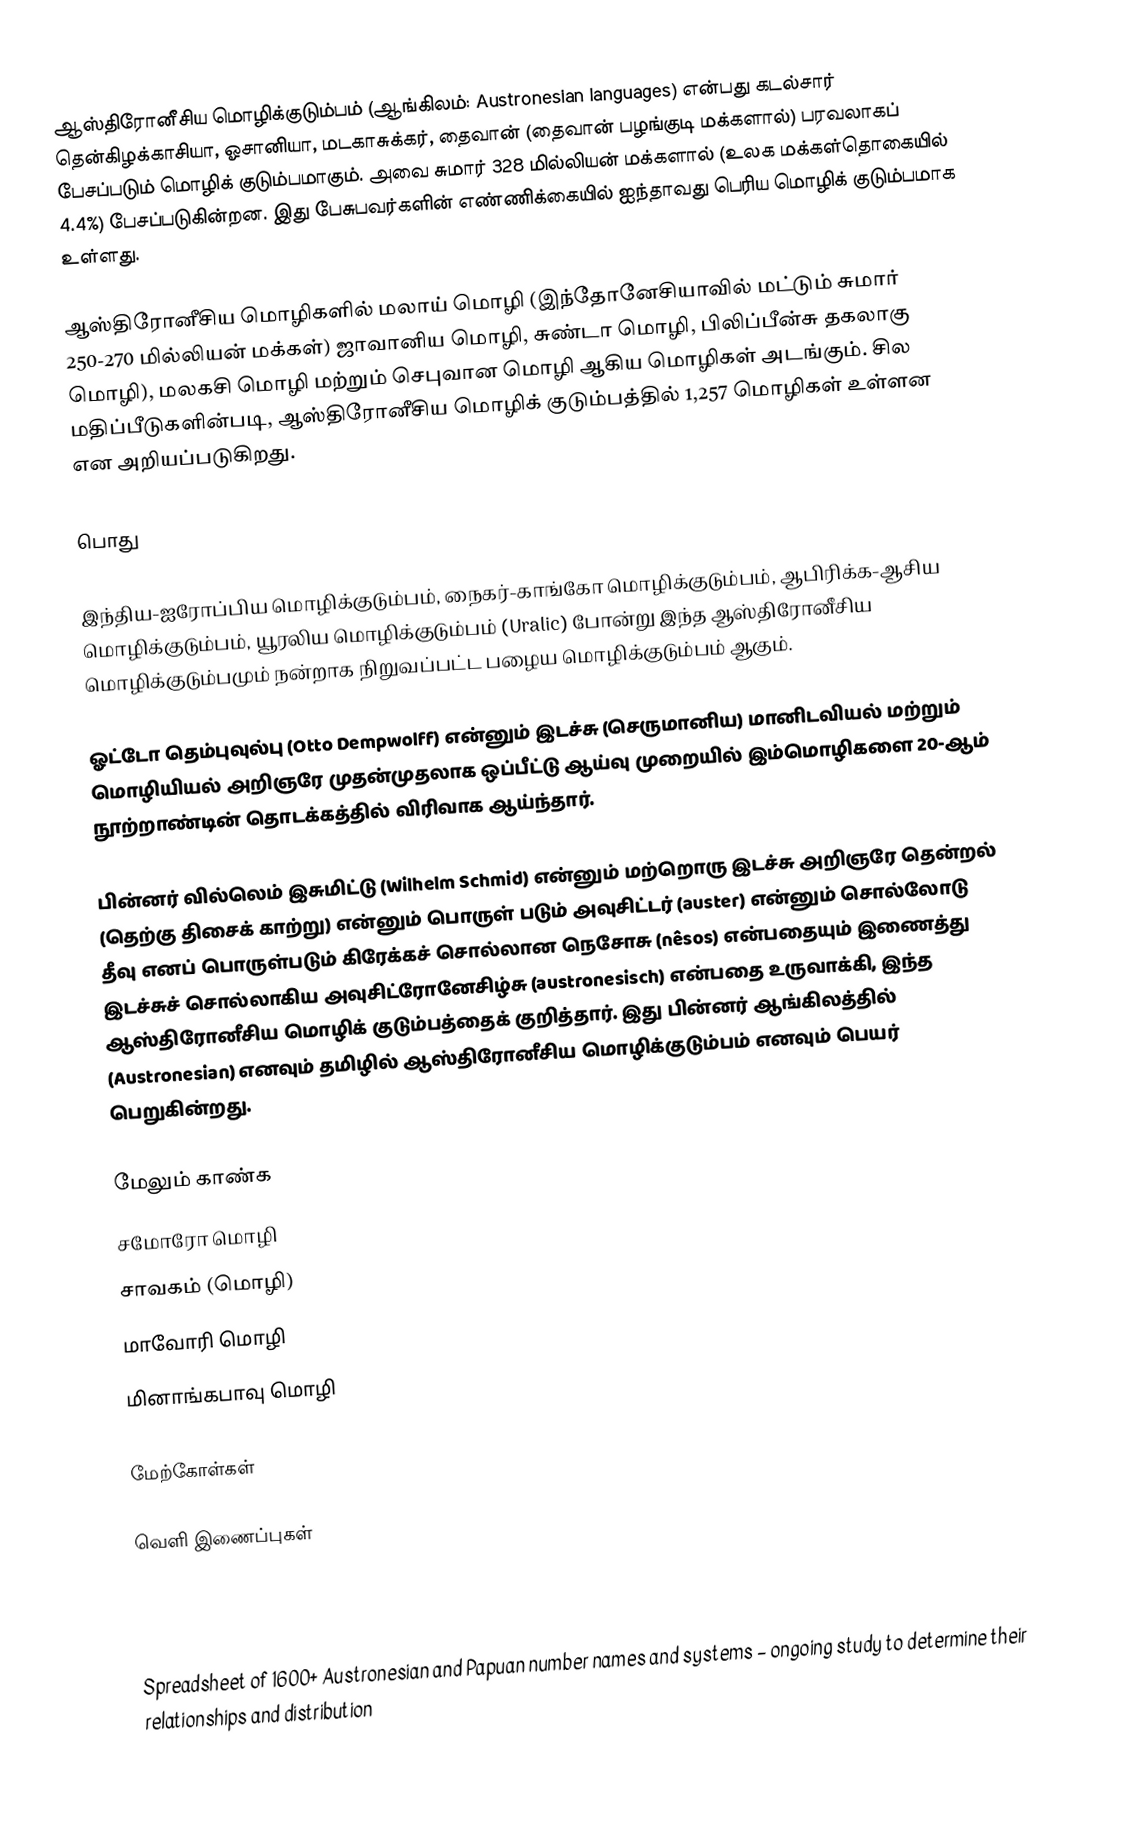
ஆஸ்திரோனீசிய மொழிக்குடும்பம் (ஆங்கிலம்: Austronesian languages) என்பது கடல்சார் தென்கிழக்காசியா, ஓசானியா, மடகாசுக்கர், தைவான் (தைவான் பழங்குடி மக்களால்) பரவலாகப் பேசப்படும் மொழிக் குடும்பமாகும். அவை சுமார் 328 மில்லியன் மக்களால் (உலக மக்கள்தொகையில் 4.4%) பேசப்படுகின்றன. இது பேசுபவர்களின் எண்ணிக்கையில் ஐந்தாவது பெரிய மொழிக் குடும்பமாக உள்ளது.

ஆஸ்திரோனீசிய மொழிகளில் மலாய் மொழி (இந்தோனேசியாவில் மட்டும் சுமார் 250-270 மில்லியன் மக்கள்) ஜாவானிய மொழி, சுண்டா மொழி, பிலிப்பீன்சு தகலாகு மொழி), மலகசி மொழி மற்றும் செபுவான மொழி ஆகிய மொழிகள் அடங்கும். சில மதிப்பீடுகளின்படி, ஆஸ்திரோனீசிய மொழிக் குடும்பத்தில் 1,257 மொழிகள் உள்ளன என அறியப்படுகிறது.

பொது

இந்திய-ஐரோப்பிய மொழிக்குடும்பம், நைகர்-காங்கோ மொழிக்குடும்பம், ஆபிரிக்க-ஆசிய மொழிக்குடும்பம், யூரலிய மொழிக்குடும்பம் (Uralic) போன்று இந்த ஆஸ்திரோனீசிய மொழிக்குடும்பமும் நன்றாக நிறுவப்பட்ட பழைய மொழிக்குடும்பம் ஆகும்.

ஓட்டோ தெம்புவுல்பு (Otto Dempwolff) என்னும் இடச்சு (செருமானிய) மானிடவியல் மற்றும் மொழியியல் அறிஞரே முதன்முதலாக ஒப்பீட்டு ஆய்வு முறையில் இம்மொழிகளை 20-ஆம் நூற்றாண்டின் தொடக்கத்தில்  விரிவாக ஆய்ந்தார்.

பின்னர் வில்லெம் இசுமிட்டு (Wilhelm Schmid) என்னும் மற்றொரு இடச்சு அறிஞரே தென்றல் (தெற்கு திசைக் காற்று) என்னும் பொருள் படும் அவுசிட்டர் (auster) என்னும் சொல்லோடு தீவு எனப் பொருள்படும் கிரேக்கச் சொல்லான நெசோசு (nêsos) என்பதையும் இணைத்து இடச்சுச் சொல்லாகிய அவுசிட்ரோனேசிழ்சு (austronesisch) என்பதை உருவாக்கி, இந்த ஆஸ்திரோனீசிய மொழிக் குடும்பத்தைக் குறித்தார். இது பின்னர் ஆங்கிலத்தில் (Austronesian) எனவும் தமிழில் ஆஸ்திரோனீசிய  மொழிக்குடும்பம் எனவும் பெயர் பெறுகின்றது.

மேலும் காண்க
 சமோரோ மொழி
 சாவகம் (மொழி)
 மாவோரி மொழி
 மினாங்கபாவு மொழி

மேற்கோள்கள்

வெளி இணைப்புகள்

 Summer Institute of Linguistics site showing languages (Austronesian and Papuan) of Papua New Guinea.

 Spreadsheet of 1600+ Austronesian and Papuan number names and systems – ongoing study to determine their relationships and distribution
 Languages of the World: The Austronesian (Malayo-Polynesian) Language Family